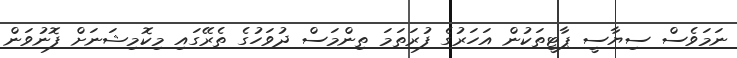
ނަމަވެސް ސިޔާސީ ޕާޓީތަކުން އަހަރުގެ ފުރަތަމަ ތިންމަސް ދުވަހުގެ ތެރޭގައި މިކޮމިޝަނަށް ފޮނުވަން